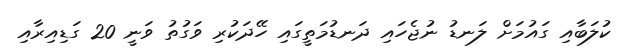
ކުލަބާއި ގައުމަށް ލަނޑު ނުޖެހައި ދަނޑުމަތީގައި ހޭދަކުރި ވަގުތު ވަނީ 20 ގަޑިއިރާއި